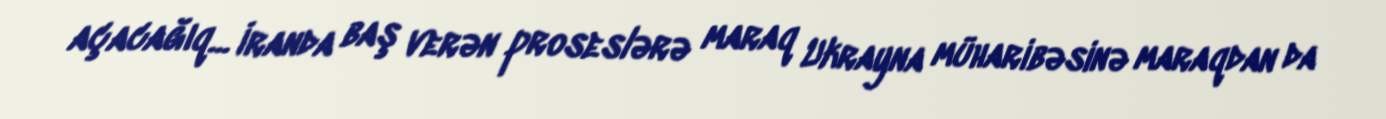
açacağıq... İranda baş verən proseslərə maraq Ukrayna müharibəsinə maraqdan da